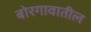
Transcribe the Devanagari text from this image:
बोरगावातील